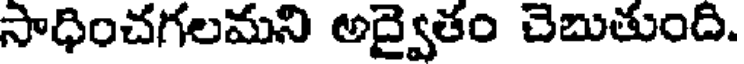
సాధించగలమని అద్వైతం చెబుతుంది.